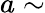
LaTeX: a\sim